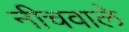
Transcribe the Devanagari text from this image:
नीचवाले